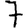
Digit: 7